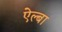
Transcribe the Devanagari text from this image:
ऐल्बा